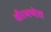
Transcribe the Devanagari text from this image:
चौरगणेश